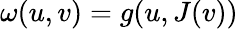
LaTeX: \omega(u,v)=g(u,J(v))